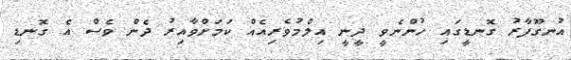
އުނގޫފާރު ގޮނޑީގައި ހުންނެވީ ދީނީ އިލްމުވެރިއެއް ކަމަށްވާއިރު ދެން ވެސް އެ ގޮނޑި